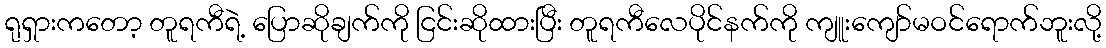
ရုရှားကတော့ တူရကီရဲ့ ပြောဆိုချက်ကို ငြင်းဆိုထားပြီး တူရကီလေပိုင်နက်ကို ကျူးကျော်မဝင်ရောက်ဘူးလို့